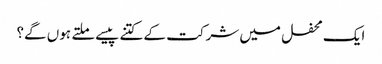
ایک محفل میں شرکت کے کتنے پیسے ملتے ہوں گے؟